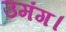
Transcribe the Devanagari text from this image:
उमंग।